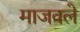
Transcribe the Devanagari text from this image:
माजवले